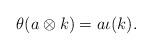
LaTeX: \begin{align*}\theta(a\otimes k)=a\iota(k).\end{align*}